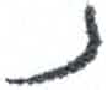
אות: נ